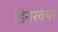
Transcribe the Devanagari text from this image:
डिनरवेयर